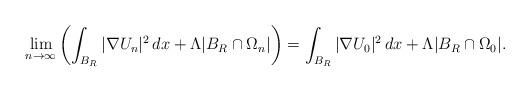
LaTeX: \begin{align*}\lim_{n\to\infty}\left(\int_{B_R}|\nabla U_{n}|^2\,dx+\Lambda|B_R\cap{\Omega_n}|\right)=\int_{B_R}|\nabla U_0|^2\,dx+\Lambda|B_R\cap\Omega_0|.\end{align*}